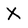
Character: X